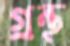
গ্রন্থ